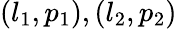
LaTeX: (l_{1},p_{1}),(l_{2},p_{2})